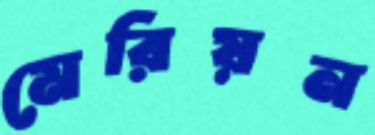
মেরিয়ন